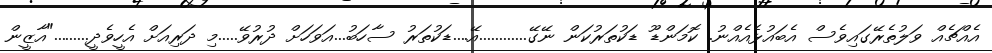
އެއްޗެއް ވަލުތެރޭގައިވެސް އެބައުޅެއެއްނު. ކޮމަންޑޫ ޑަކުތަރުކަން ނޭގޭ............އޭ....ޑަކުތަރު ސާހަބު...އަވަހަށް ދުރުވޭ.....މި ދަރިއަށް އެހީވެދީ........."އާޒީން